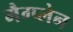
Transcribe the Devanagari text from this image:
मैग्प्लेन